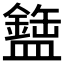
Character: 𬐹